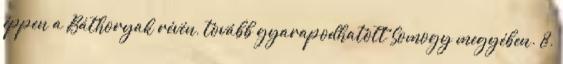
éppen a Báthoryak révén, tovább gyarapodhatott Somogy megyében. 8.